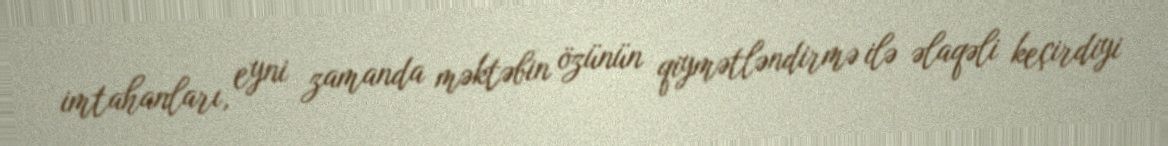
imtahanları, eyni zamanda məktəbin özünün qiymətləndirmə ilə əlaqəli keçirdiyi